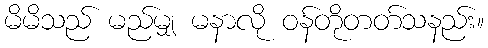
မိမိသည် မည်မျှ မနာလို ဝန်တိုတတ်သနည်း။